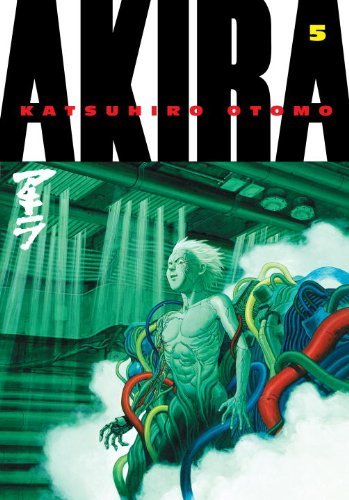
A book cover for Akira, Vol. 5; Katsuhiro Otomo; Comics & Graphic Novels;